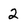
Character: 2